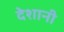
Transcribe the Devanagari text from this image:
देशानी